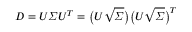
D = U \varSigma U ^ { T } = \bigl ( U \sqrt { \varSigma } \bigr ) \bigl ( U \sqrt { \varSigma } \bigr ) ^ { T }